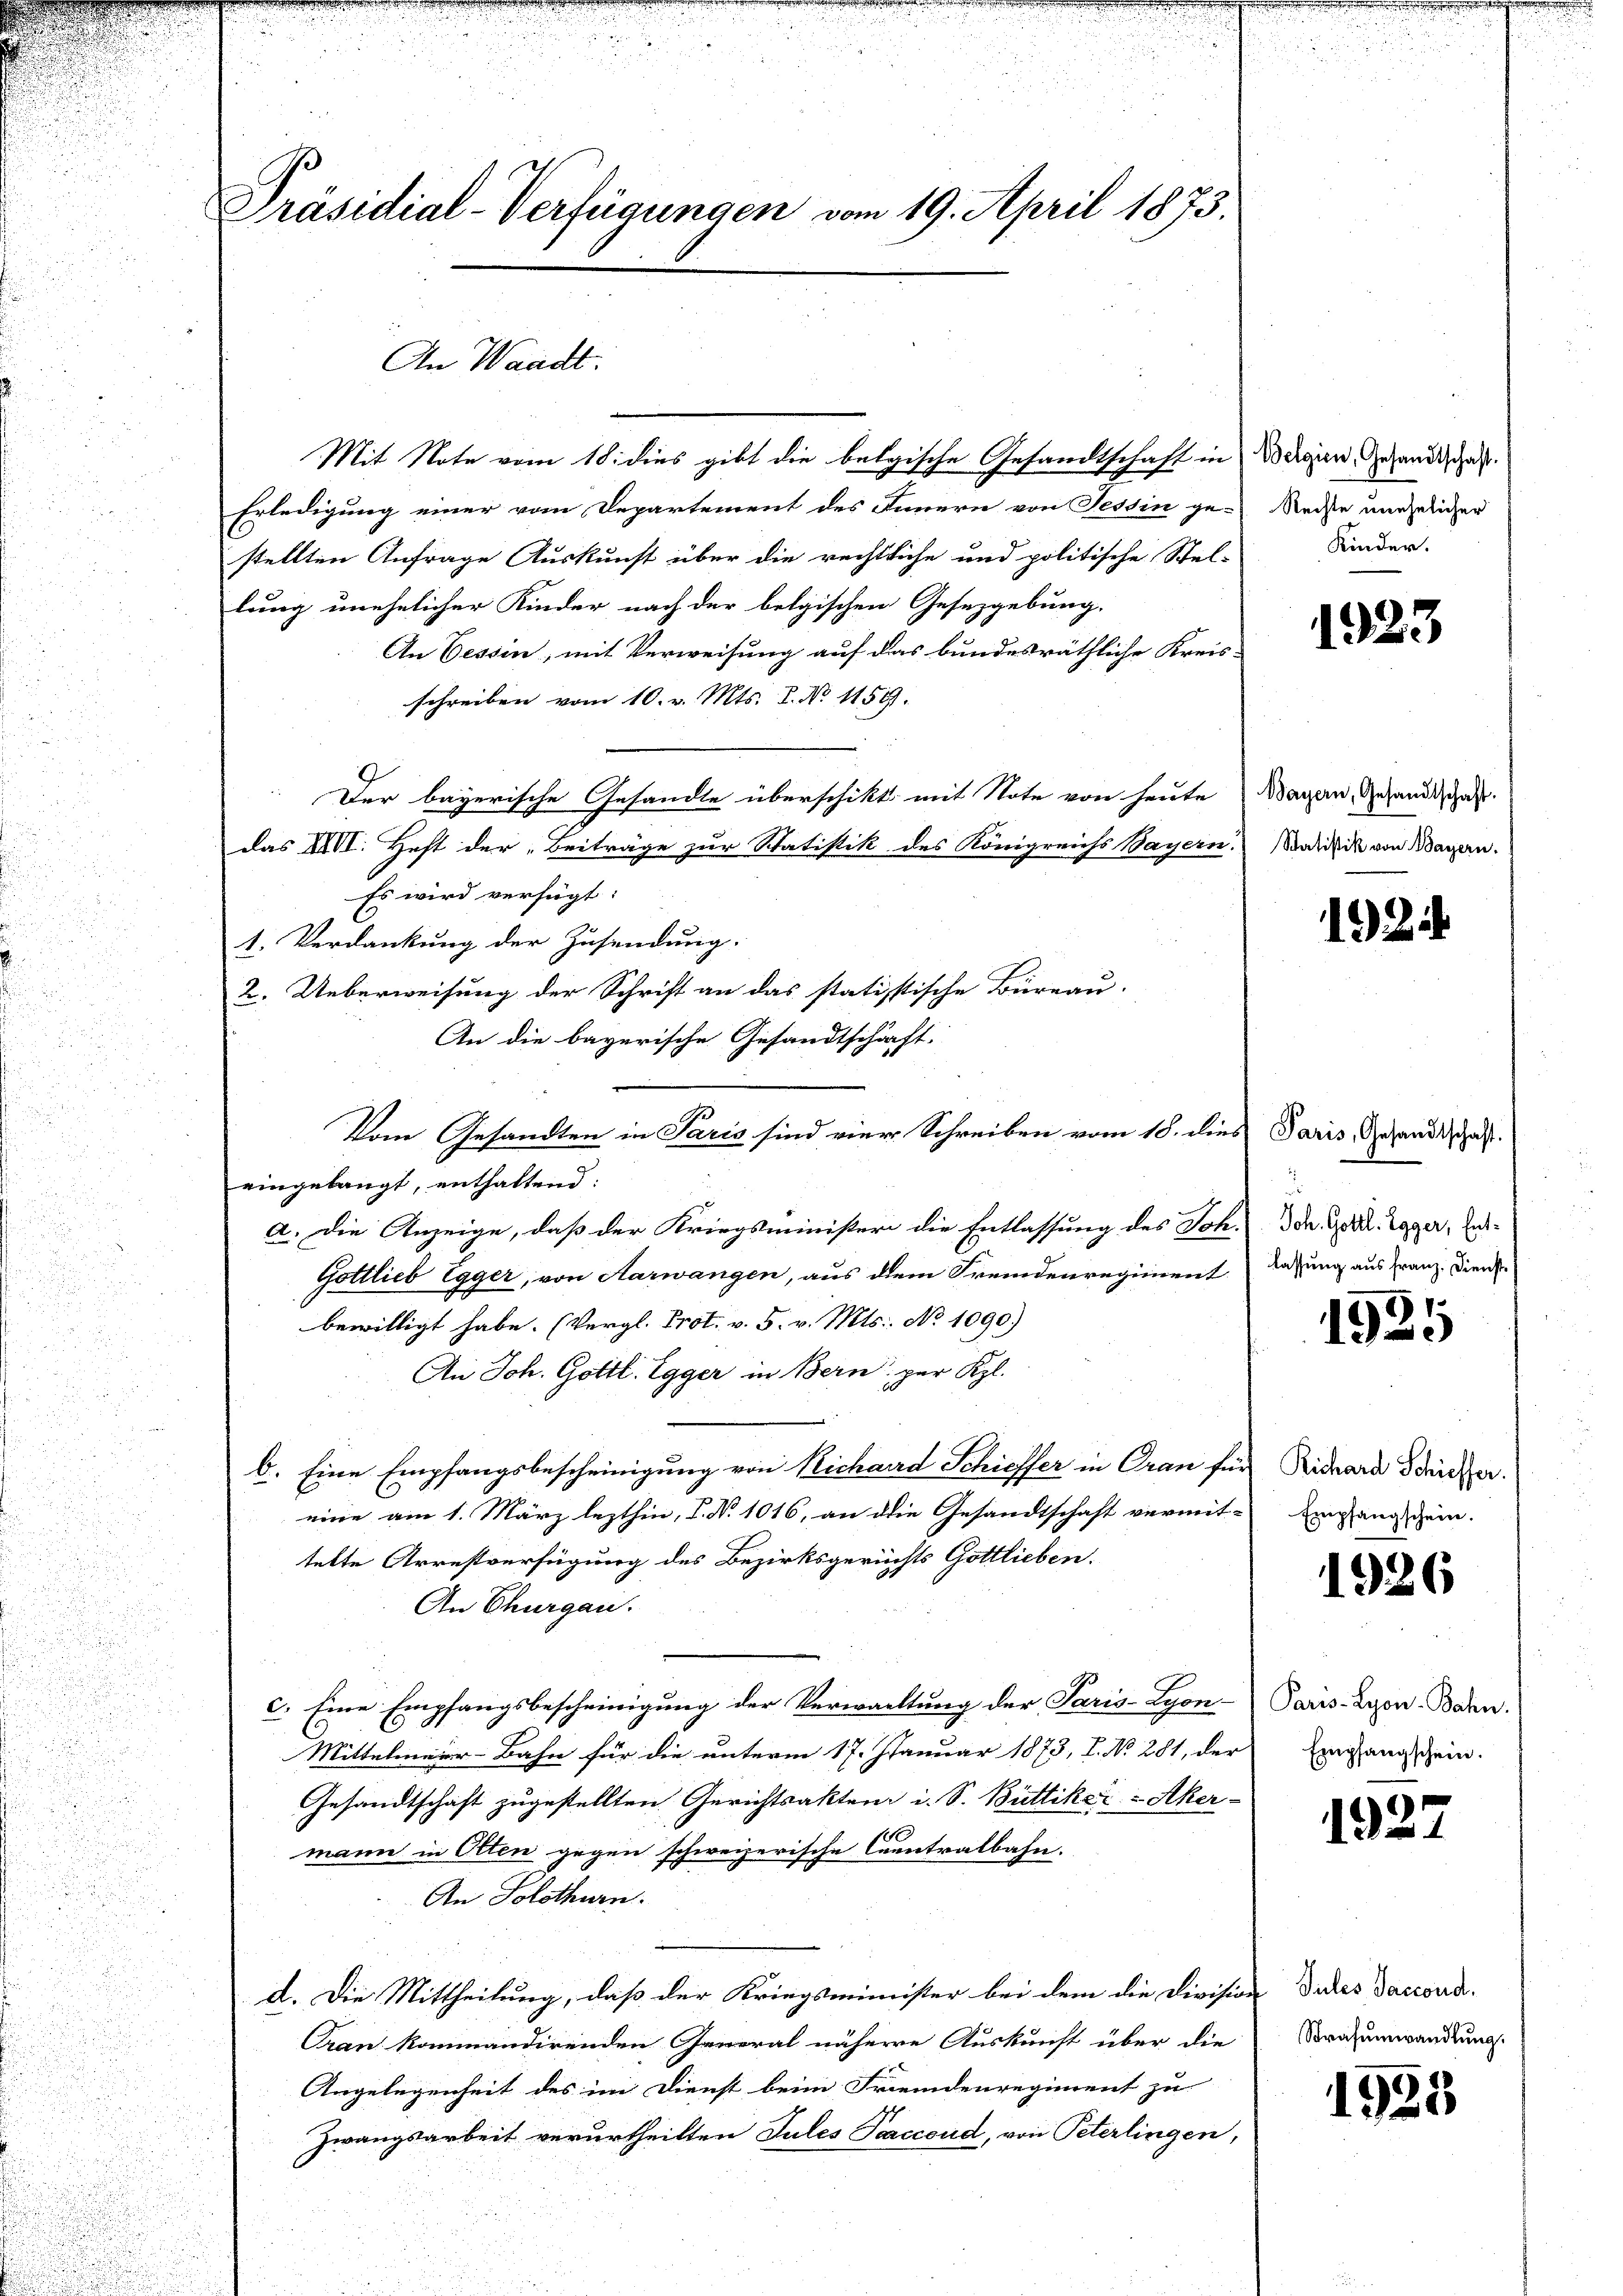
Präsidial-Verfügungen vom 19. April 1873.

An Waadt.

Mit Note vom 18. dies gibt die belgische Gesandtschaft in Wergien, Gesandtag
Erledigung einer vom Departement des Innern von Tessin ge-
stellten Anfrage Auskunft über die rechtliche und politische Stel-
lung unehelicher Kinder nach der belgischen Gesetzgebung,
An Cessin, mit Verweisung auf das bundesräthliche Kreis-
schreiben vom 10. v. Mts. 8. No 1159.
Der bayerische Gesandte überschikt mit Note von heute
das IVVI. Heft der „Beiträge zur Statistik des Königreichs Bayern. Satistik von Mayern.
Es wird verfügt:
1. Verdankung der Zusendung.
2. Ueberweisung der Schrift an das statistische Büreau.
An die bayerische Gesandtschäft,
Vom Gesandten in Paris sind vier Schreiben vom 18. dies
eingelangt, enthaltend:
a. Die Anzeige, daß der Kriegsminister die Entlassung des Joh.
Gottlieb Egger, von Aarwangen, aus dem Fremdenregiment
bewilligt habe. (Vergl. Prot. v. 5. v. Mts. No 1090.)
An Joh. Gottl. Egger in Bern per Kgl.
b. Eine Empfangsbescheinigung von Richard Schiesser in Cran für Richara Briefer
eine am 1. März lezthin, I. N. 1016, an die Gesandtschaft vermit-Empfangschein.
telte Arrestverfügung des Bezirksgerichts Gottlieben.
An Thurgau.
c. Eine Empfangsbescheinigung der Verwartung der Paris-Lyon-
Mittelmeier-Bahn für die unterm 17. Januar 1873, I. No 281, der
Gesandtschaft zugestellten Gerichtsakten i. S. Büttiker-Aker-
mann in Olten gegen schweizerische Centralbahn.
An Solothurn.
d. Die Mittheilung, daß der Kriegsminister bei dem die Division dies accord-
Gran kommandirenden General nähere Auskunft über die
Angelegenheit des im Dienst beim Fremdenregiment zu
Zwangsarbeit verurtheilten Jules Pecceud, von Peterlingen,

Rechte unehelicher
Kinder.

Wayern, Gesandtschaft.

1923

192.

Paris, Gesandtschaft.
Joh. Gottl. Egger, Entlassung aus Franz. Dienst

)
1

1926

Paris - Lyon-Bahn.
Empfangschein.

192

Strafumwandlung.

1923